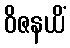
ဝိဇနယိံ